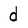
Character: d